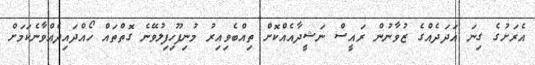
އެރަށުގެ ގިނަ އަދަދެއްގެ ޒުވާނުން ރައީސް ނަޝީދާއެއްކޮށް ތިއްބެވިއިރު މުނިފޫހިފިލުވޭނެ ގޮތްތައް ހޯއްދައިދެއްވާނެކަމަށް